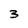
Character: 3